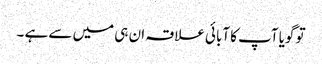
تو گویا آپ کا آبائی علاقہ ان ہی میں سے ہے ۔